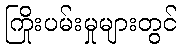
ကြိုးပမ်းမှုများတွင်